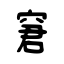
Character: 窘